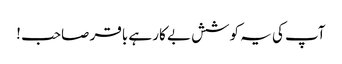
آپ کی یہ کوشش بے کار ہے باقر صاحب !